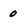
Character: 0